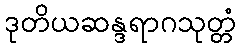
ဒုတိယဆန္ဒရာဂသုတ္တံ